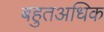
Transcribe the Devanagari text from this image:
बहुतअधिक